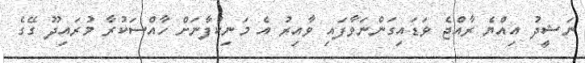
ނަޝީދު އިއްޔެ ރާއްޖެ ވަޑައިގަންނަވާފައި ވާއިރު އެ މަނިކުފާނަށް ހާއްސަކުރާ މުރައިދޫ ގޭގެ